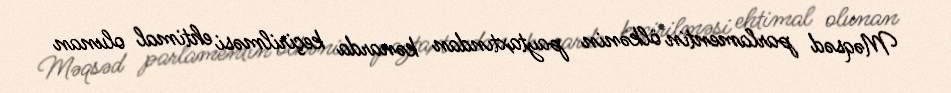
Məqsəd parlamentin ölkənin paytaxtından kənarda keçirilməsi ehtimal olunan